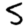
Digit: 5